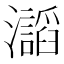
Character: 𤄅